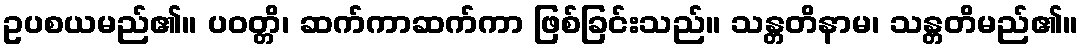
ဥပစယမည်၏။ ပဝတ္တိ၊ ဆက်ကာဆက်ကာ ဖြစ်ခြင်းသည်။ သန္တတိနာမ၊ သန္တတိမည်၏။